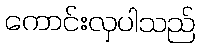
ကောင်းလှပါသည်